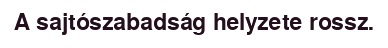
A sajtószabadság helyzete rossz.